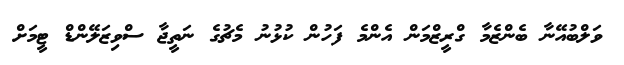
ވަލްބުއޭނާ ބެންޒެމާ ގްރީޒްމަން އެންމެ ފަހުން ކުޅުނު މެޗުގެ ނަތީޖާ ސްވިޒަލޭންޑް ޓީމަށް